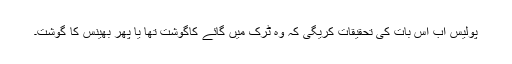
پولیس اب اس بات کی تحقیقات کریگی کہ وہ ٹرک میں گائے کاگوشت تھا یا پھر بھینس کا گوشت۔